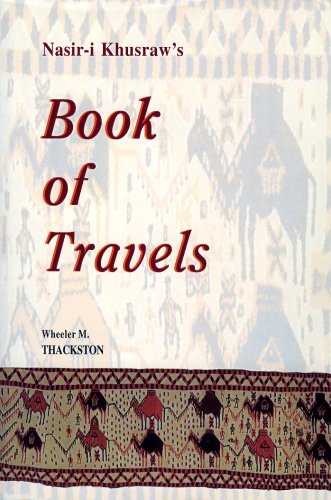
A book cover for Nasir-I Khusraw's Book of Travels: Safarnamah (Bibliotheca Iranica: Intellectual Traditions Series); Nasir-I Khusraw; Travel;